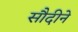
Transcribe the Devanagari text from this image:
सौदीने